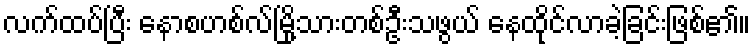
လက်ထပ်ပြီး နောစဟစ်လ်မြို့သားတစ်ဦးသဖွယ် နေထိုင်လာခဲ့ခြင်းဖြစ်၏။